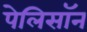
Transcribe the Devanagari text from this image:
पेलिसॉन